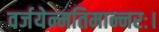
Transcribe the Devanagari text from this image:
वर्जयेन्मतिमान्नरः।